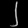
Digit: ၂